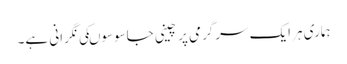
ہماری ہر ایک سرگرمی پر چینی جاسوسوںکی نگرانی ہے۔